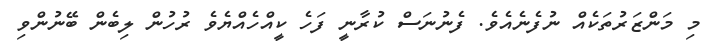
މި މަންޒަރުތަކެއް ނުފެނެއެވެ. ފެނުނަސް ކުރާނީ ފަހެ ކީއްހެއްޔެވެ ރުހުން ލިބެން ބޭނުންވި